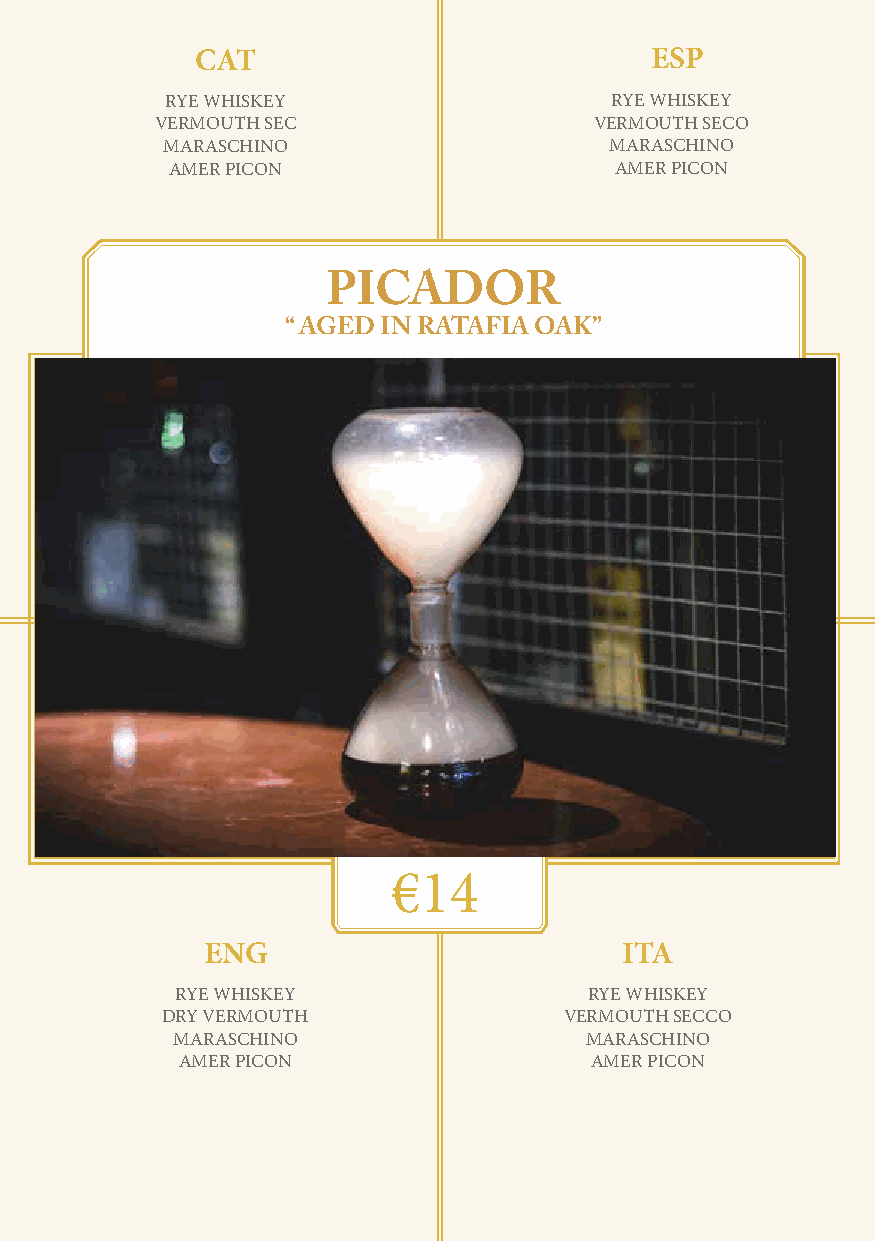
CAT                           ESP
 RYE WHISKEY                  RYE WHISKEY
 VERMOUTH SEC                 VERMOUTH SECO
 MARASCHINO                   MARASCHINO
 AMER PICON                    AMER PICON
 PICADOR
 “ AGED IN RATAFIA OAK”
 €14
 ENG                         ITA
 RYE WHISKEY                RYE WHISKEY
 DRY VERMOUTH              VERMOUTH SECCO
 MARASCHINO                  MARASCHINO
 AMER PICON                 AMER PICON